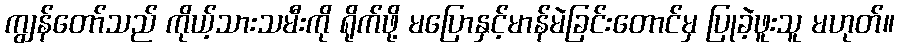
ကျွန်တော်သည် ကိုယ့်သားသမီးကို ရိုက်ဖို့ မပြောနှင့်မာန်မဲခြင်းတောင်မှ ပြုခဲ့ဖူးသူ မဟုတ်။